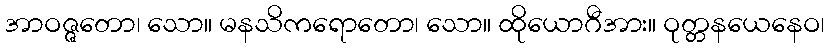
အာဝဇ္ဇတော၊ သော။ မနသိကရောတော၊ သော။ ထိုယောဂီအား။ ဝုတ္တနယေနေဝ၊